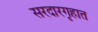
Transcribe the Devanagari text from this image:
सरदारगृहात